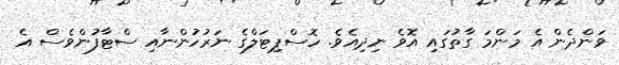
ވަންދެން އެ މަންމަ ގާތުގައި އޮވެ ނިދިއެެވެ. ހޮސްޕިޓަލްގެ ނަރުހުންނާއި ސްޓާފުންވެސް އެ